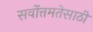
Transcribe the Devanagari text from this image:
सर्वोत्तमतेसाठी